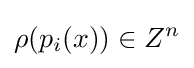
\rho (p_{i}(x))\in Z^{n}